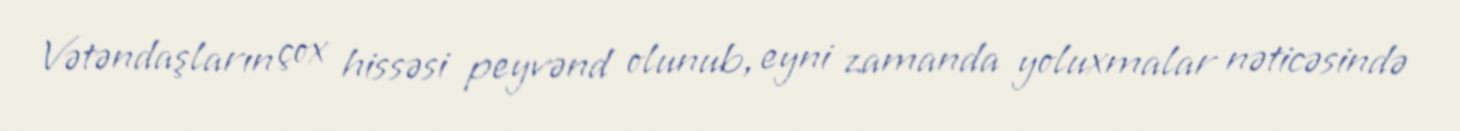
Vətəndaşların çox hissəsi peyvənd olunub, eyni zamanda yoluxmalar nəticəsində